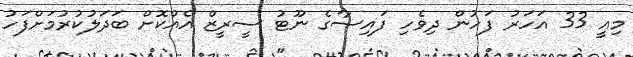
މިއީ 33 އަހަރު ފަހުން ދިވެހި ފައިސާގެ ނޫޓު ސީރީޒް އެއްކޮށް ބަދަލުކުރުމަށްފަހު